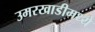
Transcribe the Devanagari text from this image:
उमरखाडीमध्ये